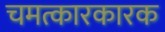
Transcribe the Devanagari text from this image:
चमत्कारकारक